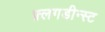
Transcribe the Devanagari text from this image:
फ़्लगडीन्स्ट